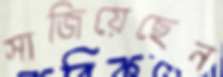
সাজিয়েছেন